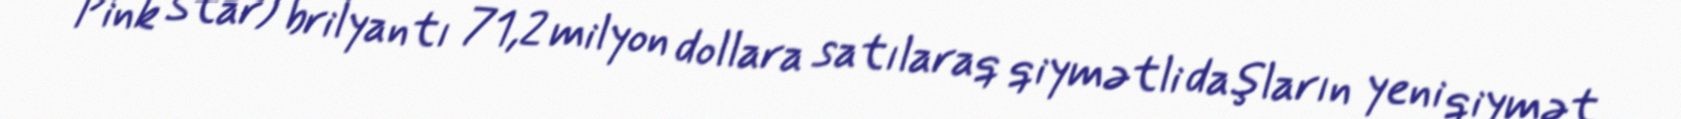
Pink Star) brilyantı 71,2 milyon dollara satılaraq qiymətli daşların yeni qiymət